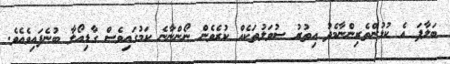
ބަލާފަ އެ ކުޅުންތެރިންނާމެދު އިތުރު ސުވަލުތަކެއް ކުރެވެން ނޯންނާނެ ކަމުގައިވެސް ގާޑިއޯލާ ބުނެފައިވެއެވެ.